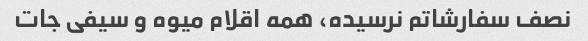
نصف سفارشاتم نرسیده، همه اقلام میوه و سیفی جات